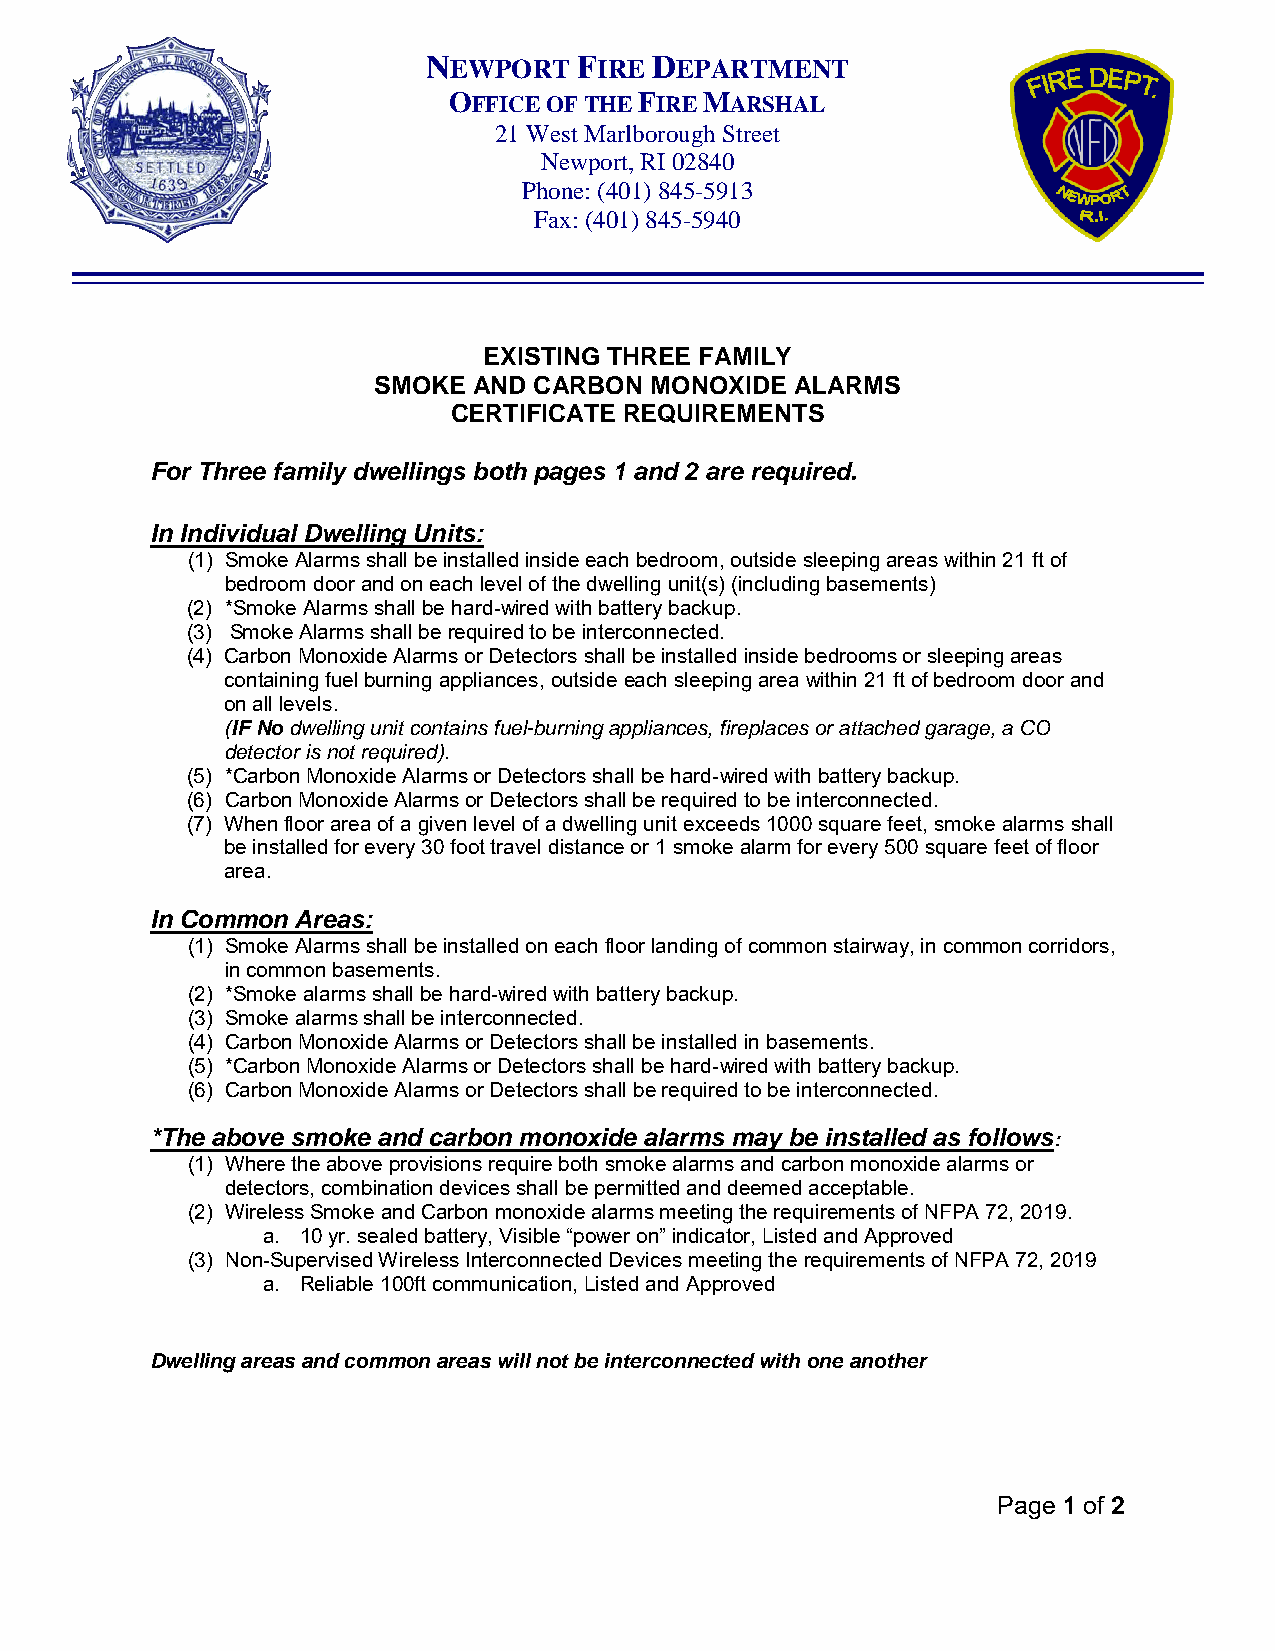
NEWPORT   FIRE DEPARTMENT
 OFFICE OF THE FIRE MARSHAL
 21 West Marlborough Street
 Newport, RI 02840
 Phone: (401) 845-5913
 Fax: (401) 845-5940
 EXISTING THREE FAMILY
 SMOKE AND CARBON  MONOXIDE  ALARMS
 CERTIFICATE REQUIREMENTS
 For Three family dwellings both pages 1 and 2 are required.
 In Individual Dwelling Units:
 (1) Smoke Alarms shall be installed inside each bedroom, outside sleeping areas within 21 ft of
 bedroom door and on each level of the dwelling unit(s) (including basements)
 (2) *Smoke Alarms shall be hard-wired with battery backup.
 (3) Smoke Alarms shall be required to be interconnected.
 (4) Carbon Monoxide Alarms or Detectors shall be installed inside bedrooms or sleeping areas
 containing fuel burning appliances, outside each sleeping area within 21 ft of bedroom door and
 on all levels.
 (IF No dwelling unit contains fuel-burning appliances, fireplaces or attached garage, a CO
 detector is not required).
 (5) *Carbon Monoxide Alarms or Detectors shall be hard-wired with battery backup.
 (6) Carbon Monoxide Alarms or Detectors shall be required to be interconnected.
 (7) When floor area of a given level of a dwelling unit exceeds 1000 square feet, smoke alarms shall
 be installed for every 30 foot travel distance or 1 smoke alarm for every 500 square feet of floor
 area.
 In Common Areas:
 (1) Smoke Alarms shall be installed on each floor landing of common stairway, in common corridors,
 in common basements.
 (2) *Smoke alarms shall be hard-wired with battery backup.
 (3) Smoke alarms shall be interconnected.
 (4) Carbon Monoxide Alarms or Detectors shall be installed in basements.
 (5) *Carbon Monoxide Alarms or Detectors shall be hard-wired with battery backup.
 (6) Carbon Monoxide Alarms or Detectors shall be required to be interconnected.
 *The above smoke and carbon monoxide alarms may be installed as follows:
 (1) Where the above provisions require both smoke alarms and carbon monoxide alarms or
 detectors, combination devices shall be permitted and deemed acceptable.
 (2) Wireless Smoke and Carbon monoxide alarms meeting the requirements of NFPA 72, 2019.
 a. 10 yr. sealed battery, Visible “power on” indicator, Listed and Approved
 (3) Non-Supervised Wireless Interconnected Devices meeting the requirements of NFPA 72, 2019
 a. Reliable 100ft communication, Listed and Approved
 Dwelling areas and common areas will not be interconnected with one another
 Page 1 of 2